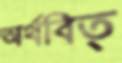
অর্থবিত্